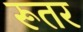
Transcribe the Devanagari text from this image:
रूतर